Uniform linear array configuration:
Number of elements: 32
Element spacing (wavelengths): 1
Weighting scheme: binomial
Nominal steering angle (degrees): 60
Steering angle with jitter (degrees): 61.302
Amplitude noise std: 0.05
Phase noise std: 0.05

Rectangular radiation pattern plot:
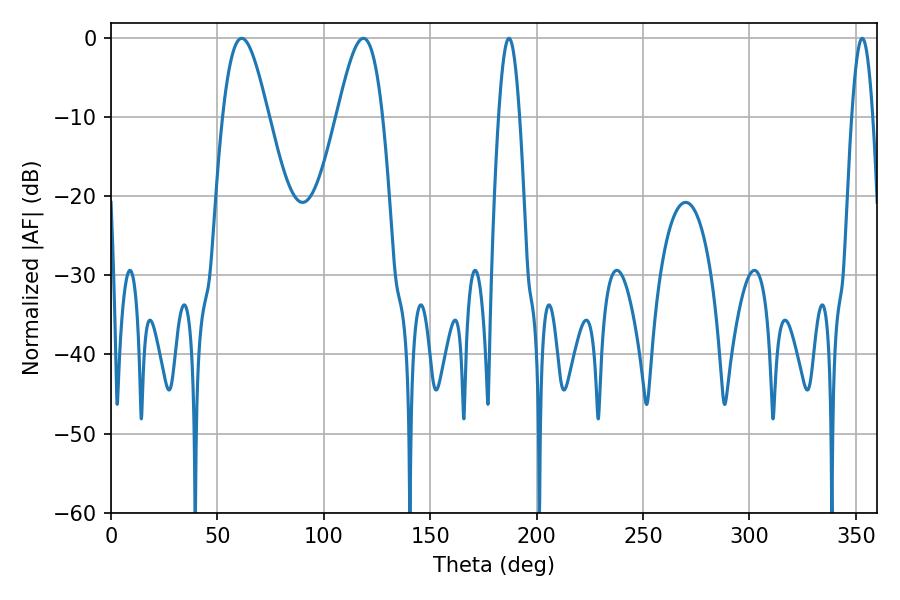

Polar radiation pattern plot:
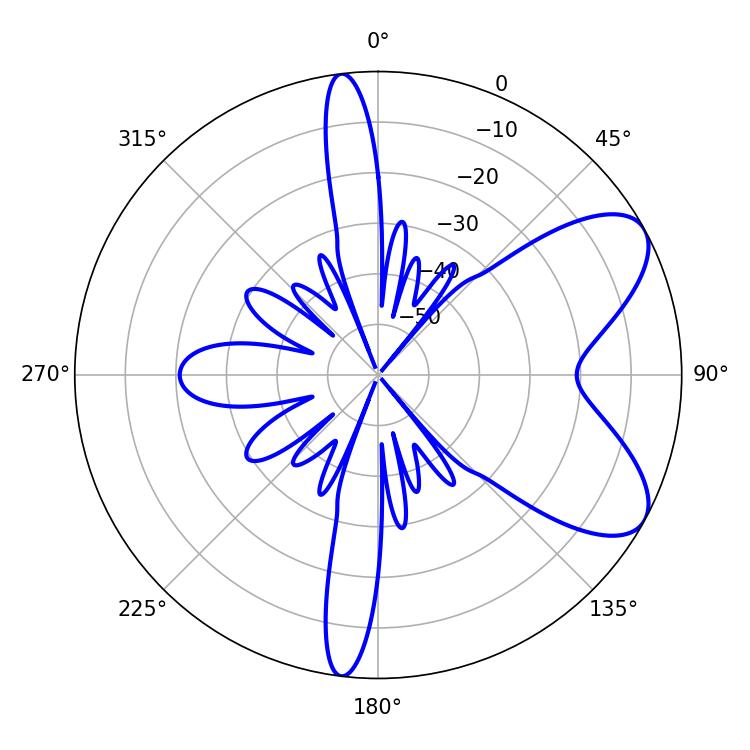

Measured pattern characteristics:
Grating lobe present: TRUE
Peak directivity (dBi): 7.369
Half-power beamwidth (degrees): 11.52
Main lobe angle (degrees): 61.38